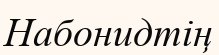
Набонидтің